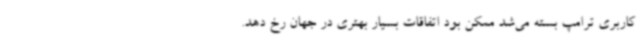
کاربری ترامپ بسته می‌شد ممکن بود اتفاقات بسیار بهتری در جهان رخ دهد.